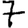
Digit: 7